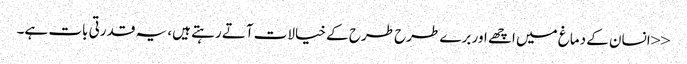
<<انسان کے دماغ میں اچھے اور برے طرح طرح کے خیالات آتے رہتے ہیں، یہ قدرتی بات ہے۔